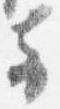
方